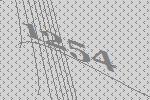
1254